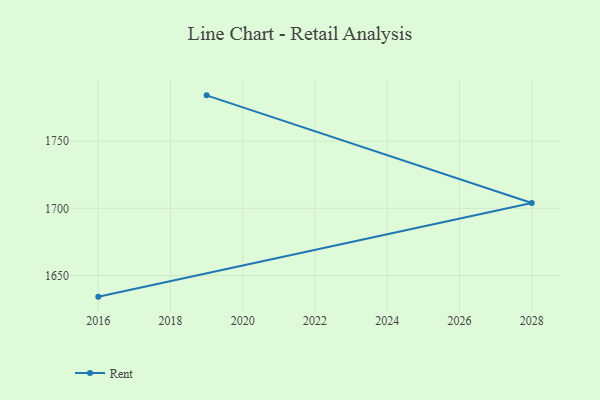
{"axis": {"x": "Year", "y": "Waste Production (Tons)"}, "legend": ["Rent"], "data": [{"x": "2016", "y": 1634.2, "type": "Rent"}, {"x": "2028", "y": 1704.0, "type": "Rent"}, {"x": "2019", "y": 1784.2, "type": "Rent"}]}